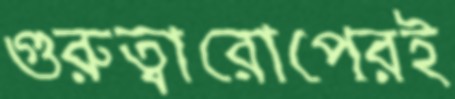
গুরুত্বারোপেরই